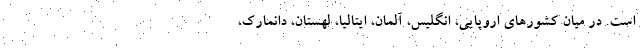
است. در میان کشورهای اروپایی، انگلیس، آلمان، ایتالیا، لهستان، دانمارک،